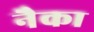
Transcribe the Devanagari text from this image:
नैका